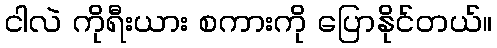
ငါလဲ ကိုရီးယား စကားကို ပြောနိုင်တယ်။